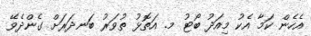
އެހެން ކަމާ އެކު މިއަދު ބޯޓު މ. އަތޮޅު ތުވަރު ބަނދަރަށް ގެންދެވޭ